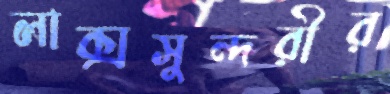
লাক্সসুন্দরীর